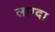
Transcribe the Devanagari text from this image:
लाग्दा